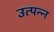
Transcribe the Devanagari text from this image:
उत्‍पन्‍न्‍ा